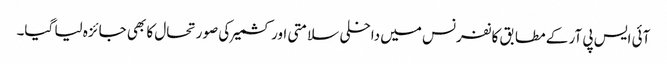
آئی ایس پی آر کے مطابق کانفرنس میں داخلی سلامتی اور کشمیر کی صورتحال کا بھی جائزہ لیا گیا۔